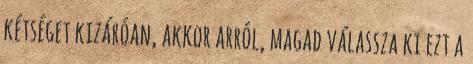
kétséget kizáróan, akkor arról, magad válassza ki ezt a